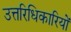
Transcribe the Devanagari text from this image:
उत्तरिधिकारियों